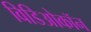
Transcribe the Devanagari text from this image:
विडिओकॉन